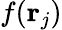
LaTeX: f(\mathbf r_{j})